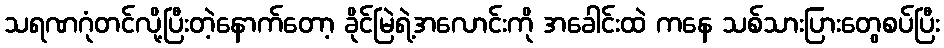
သရဏဂုံတင်လို့ပြီးတဲ့နောက်တော့ ခိုင်မြဲရဲ့အလောင်းကို အခေါင်းထဲ ကနေ သစ်သားပြားတွေစပ်ပြီး